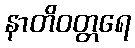
နာတိဝတ္တရေ